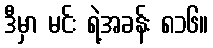
ဒီမှာ မင်း ရဲ့အခန်း ၈၁၆။